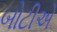
બોટીએ